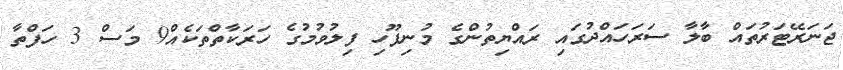
ޖަނަރޭޓަރުތައް ބާލާ ސަރަހައްދުގައި ރައްޔިތުންގެ މުނިފޫހި ފިލުވުމުގެ ހަރަކާތްތަކެއް9 މަސް 3 ހަފްތާ